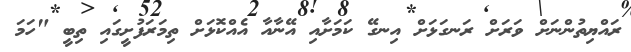
ރައްޔިތުންނަށް ވަރަށް ރަނގަޅަށް އިނގޭ ކަމަށާއި އޭނާއާ އެއްކޮޅަށް ތިމަރަފުށީގައި ތިބީ "ހަމަ